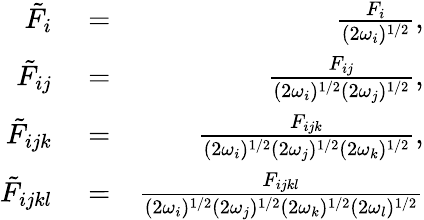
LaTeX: \begin{array}{rlr}{\tilde{F}_{i}}&{{}=}&{\frac{F_{i}}{(2\omega_{i})^{1/2}},}\\ {\tilde{F}_{ij}}&{{}=}&{\frac{F_{ij}}{(2\omega_{i})^{1/2}(2\omega_{j})^{1/2}},}\\ {\tilde{F}_{ijk}}&{{}=}&{\frac{F_{ijk}}{(2\omega_{i})^{1/2}(2\omega_{j})^{1/2}(2\omega_{k})^{1/2}},}\\ {\tilde{F}_{ijkl}}&{{}=}&{\frac{F_{ijkl}}{(2\omega_{i})^{1/2}(2\omega_{j})^{1/2}(2\omega_{k})^{1/2}(2\omega_{l})^{1/2}}}\end{array}